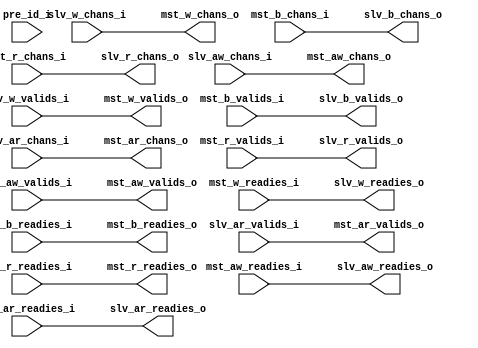
module axi_id_prepend_D1C46 (
	pre_id_i,
	slv_aw_chans_i,
	slv_aw_valids_i,
	slv_aw_readies_o,
	slv_w_chans_i,
	slv_w_valids_i,
	slv_w_readies_o,
	slv_b_chans_o,
	slv_b_valids_o,
	slv_b_readies_i,
	slv_ar_chans_i,
	slv_ar_valids_i,
	slv_ar_readies_o,
	slv_r_chans_o,
	slv_r_valids_o,
	slv_r_readies_i,
	mst_aw_chans_o,
	mst_aw_valids_o,
	mst_aw_readies_i,
	mst_w_chans_o,
	mst_w_valids_o,
	mst_w_readies_i,
	mst_b_chans_i,
	mst_b_valids_i,
	mst_b_readies_o,
	mst_ar_chans_o,
	mst_ar_valids_o,
	mst_ar_readies_i,
	mst_r_chans_i,
	mst_r_valids_i,
	mst_r_readies_o
);
	parameter [31:0] NoBus = 1;
	parameter [31:0] AxiIdWidthSlvPort = 4;
	parameter [31:0] AxiIdWidthMstPort = 6;
	parameter [31:0] PreIdWidth = AxiIdWidthMstPort - AxiIdWidthSlvPort;
	input wire [PreIdWidth - 1:0] pre_id_i;
	input wire [NoBus - 1:0] slv_aw_chans_i;
	input wire [NoBus - 1:0] slv_aw_valids_i;
	output wire [NoBus - 1:0] slv_aw_readies_o;
	input wire [NoBus - 1:0] slv_w_chans_i;
	input wire [NoBus - 1:0] slv_w_valids_i;
	output wire [NoBus - 1:0] slv_w_readies_o;
	output wire [NoBus - 1:0] slv_b_chans_o;
	output wire [NoBus - 1:0] slv_b_valids_o;
	input wire [NoBus - 1:0] slv_b_readies_i;
	input wire [NoBus - 1:0] slv_ar_chans_i;
	input wire [NoBus - 1:0] slv_ar_valids_i;
	output wire [NoBus - 1:0] slv_ar_readies_o;
	output wire [NoBus - 1:0] slv_r_chans_o;
	output wire [NoBus - 1:0] slv_r_valids_o;
	input wire [NoBus - 1:0] slv_r_readies_i;
	output reg [NoBus - 1:0] mst_aw_chans_o;
	output wire [NoBus - 1:0] mst_aw_valids_o;
	input wire [NoBus - 1:0] mst_aw_readies_i;
	output wire [NoBus - 1:0] mst_w_chans_o;
	output wire [NoBus - 1:0] mst_w_valids_o;
	input wire [NoBus - 1:0] mst_w_readies_i;
	input wire [NoBus - 1:0] mst_b_chans_i;
	input wire [NoBus - 1:0] mst_b_valids_i;
	output wire [NoBus - 1:0] mst_b_readies_o;
	output reg [NoBus - 1:0] mst_ar_chans_o;
	output wire [NoBus - 1:0] mst_ar_valids_o;
	input wire [NoBus - 1:0] mst_ar_readies_i;
	input wire [NoBus - 1:0] mst_r_chans_i;
	input wire [NoBus - 1:0] mst_r_valids_i;
	output wire [NoBus - 1:0] mst_r_readies_o;
	genvar i;
	generate
		for (i = 0; i < NoBus; i = i + 1) begin : gen_id_prepend
			if (PreIdWidth == 0) begin : gen_no_prepend
				wire [1:1] sv2v_tmp_325D9;
				assign sv2v_tmp_325D9 = slv_aw_chans_i[i];
				always @(*) mst_aw_chans_o[i] = sv2v_tmp_325D9;
				wire [1:1] sv2v_tmp_E5319;
				assign sv2v_tmp_E5319 = slv_ar_chans_i[i];
				always @(*) mst_ar_chans_o[i] = sv2v_tmp_E5319;
			end
			else begin : gen_prepend
				always @(*) begin
					mst_aw_chans_o[i] = slv_aw_chans_i[i];
					mst_ar_chans_o[i] = slv_ar_chans_i[i];
					mst_aw_chans_o[i].id = {pre_id_i, slv_aw_chans_i[i].id[AxiIdWidthSlvPort - 1:0]};
					mst_ar_chans_o[i].id = {pre_id_i, slv_ar_chans_i[i].id[AxiIdWidthSlvPort - 1:0]};
				end
			end
			assign slv_b_chans_o[i] = mst_b_chans_i[i];
			assign slv_r_chans_o[i] = mst_r_chans_i[i];
		end
	endgenerate
	assign mst_w_chans_o = slv_w_chans_i;
	assign mst_aw_valids_o = slv_aw_valids_i;
	assign slv_aw_readies_o = mst_aw_readies_i;
	assign mst_w_valids_o = slv_w_valids_i;
	assign slv_w_readies_o = mst_w_readies_i;
	assign slv_b_valids_o = mst_b_valids_i;
	assign mst_b_readies_o = slv_b_readies_i;
	assign mst_ar_valids_o = slv_ar_valids_i;
	assign slv_ar_readies_o = mst_ar_readies_i;
	assign slv_r_valids_o = mst_r_valids_i;
	assign mst_r_readies_o = slv_r_readies_i;
endmodule